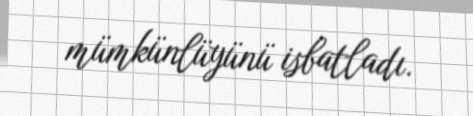
mümkünlüyünü isbatladı.